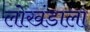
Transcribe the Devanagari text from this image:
लोखंडाला